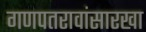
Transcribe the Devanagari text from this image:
गणपतरावांसारखा